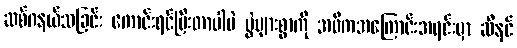
ဆစ်ဂနယ်သခြင်း ကောင်းရင်ပြီးတာပါပဲ ပွဲများစွာကို အဓိကအကြောင်းအရင်းမှာ ဆီနင်